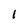
Character: 1